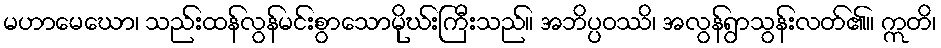
မဟာမေဃော၊ သည်းထန်လွန်မင်းစွာသောမိုဃ်းကြီးသည်။ အဘိပ္ပဝဿိ၊ အလွန်ရွာသွန်းလတ်၏။ ဣတိ၊